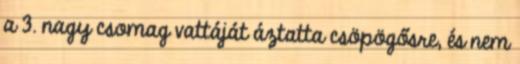
a 3. nagy csomag vattáját áztatta csöpögősre, és nem